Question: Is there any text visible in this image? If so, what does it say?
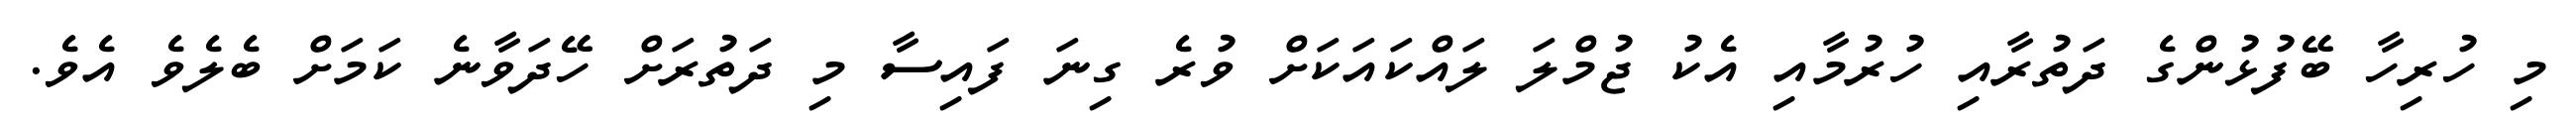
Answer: މި ހުރިހާ ބޭފުޅުންގެ ދަތުރާއި ހުރުމާއި އެކު ޖުމްލަ ލައްކައަކަށް ވުރެ ގިނަ ފައިސާ މި ދަތުރަށް ހޭދަވާނެ ކަމަށް ބެލެވެ އެވެ.